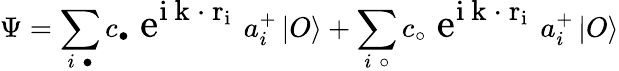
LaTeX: \Psi=\sum_{i\; \bullet}c_{\bullet}\mathrm{\Large~e^{i{\mathbf~k~\cdot~r}_{i}}~}a_{i}^{+}\left|O\right\rangle+\sum_{i\; \circ}c_{\circ}\mathrm{\Large~e^{i{\mathbf~k~\cdot~r}_{i}}~}a_{i}^{+}\left|O\right\rangle